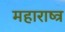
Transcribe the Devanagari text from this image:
महाराष्त्र